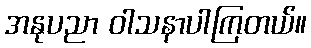
အနုပညာ ဝါသနာပါကြတယ်။